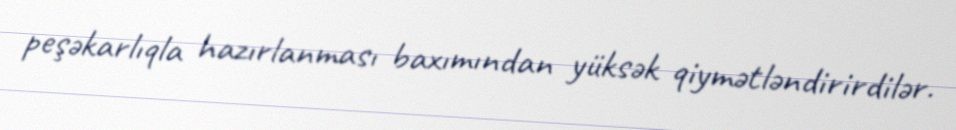
peşəkarlıqla hazırlanması baxımından yüksək qiymətləndirirdilər.